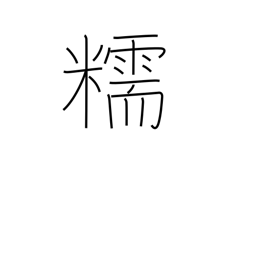
Meaning: glutinous rice